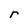
Character: r